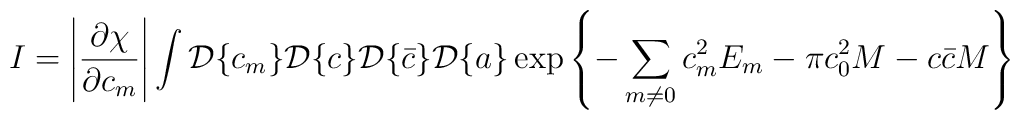
I = \left|\frac{\partial\chi}{\partial c_m}\right|\int {\cal D}\{c_m\} {\cal D}\{c\} {\cal D}\{\bar{c}\} {\cal D}\{a\}\exp\left\{-\sum_{m\neq 0}c_m^2E_m - \pi c_0^2M -c\bar{c}M\right\}